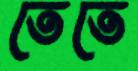
তেতে